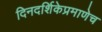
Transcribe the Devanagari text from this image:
दिनदर्शिकेप्रमाणेच